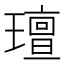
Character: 璮